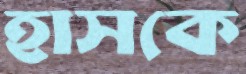
হাসকে